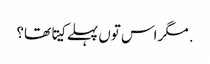
. مگر اس تو‏ں پہلے کیتا تھا؟